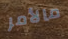
مالأمر